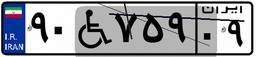
۵۵W۷۴۳۱۲